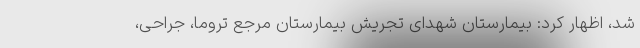
شد، اظهار کرد: بیمارستان شهدای تجریش بیمارستان مرجع تروما، جراحی،